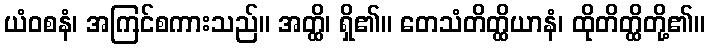
ယံဝစနံ၊ အကြင်စကားသည်။ အတ္ထိ၊ ရှိ၏။ တေသံတိတ္ထိယာနံ၊ ထိုတိတ္ထိတို့၏။